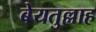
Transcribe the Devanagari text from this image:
बेयतुल्लाह